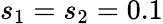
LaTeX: s_{1}=s_{2}=0.1